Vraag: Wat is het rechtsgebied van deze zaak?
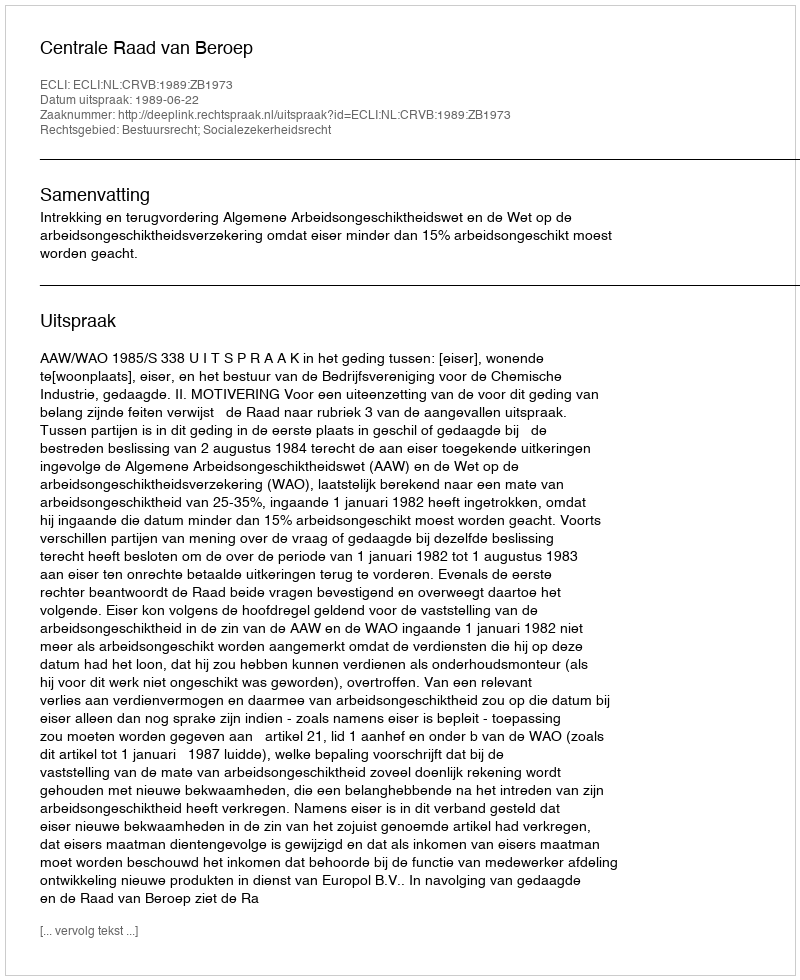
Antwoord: Bestuursrecht; Socialezekerheidsrecht